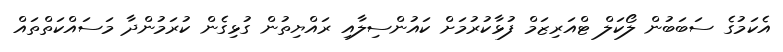
އެކަމުގެ ސަބަބުން ލޯކަލް ޓްއަރިޒަމް ފުޅާކުުރުމަށް ކައުންސިލާއި ރައްޔިތުން ގުޅިގެން ކުރަމުންދާ މަސައްކަތްތައް